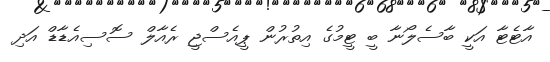
އާޓެޓާ އަކީ ބާސެލޯނާ ބީ ޓީމުގެ އިތުރުން ޕީއެސްޖީ ރެއާލް ސޮސިއެޑާޑް އަދި